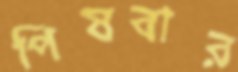
পিষবার